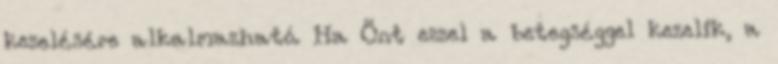
kezelésére alkalmazható. Ha Önt ezzel a betegséggel kezelik, a